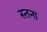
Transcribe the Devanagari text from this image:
स्तना